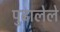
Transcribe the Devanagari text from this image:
पुढालेले